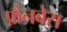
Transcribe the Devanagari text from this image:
फ़ैनबेस